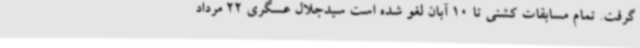
گرفت. تمام مسابقات کشتی تا 10 آبان لغو شده است سیدجلال عسگری 22 مرداد